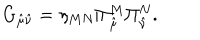
LaTeX: G _ { \hat { \mu } \hat { \nu } } = \eta _ { M N } \Pi _ { \hat { \mu } } ^ { M } \Pi _ { \hat { \nu } } ^ { N } .